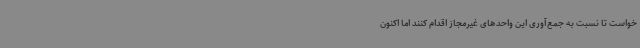
خواست تا نسبت به جمع‌آوری این واحدهای غیرمجاز اقدام کنند اما اکنون